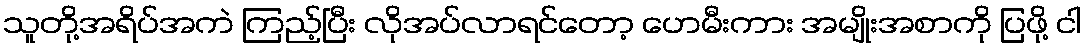
သူတို့အရိပ်အကဲ ကြည့်ပြီး လိုအပ်လာရင်တော့ ဟေမီးကား အမျိုးအစာကို ပြဖို့ ငါ